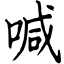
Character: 喊